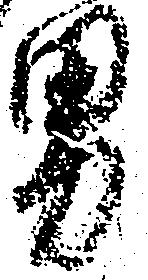
男